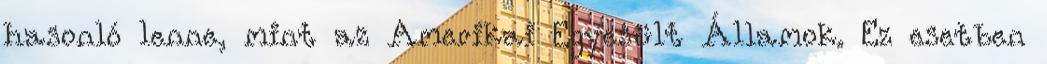
hasonló lenne, mint az Amerikai Egyesült Államok. Ez esetben